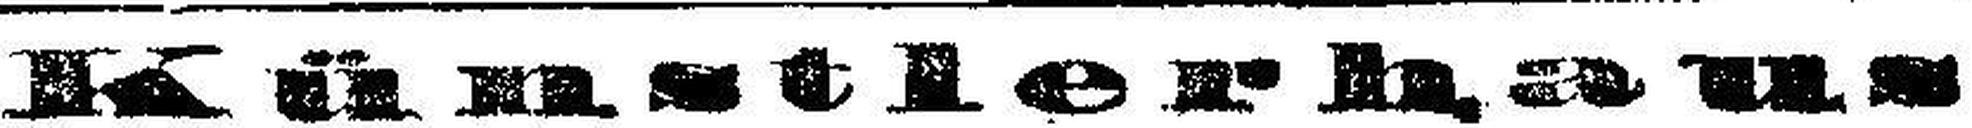
Künstlerhaus